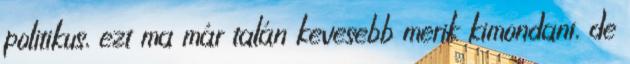
politikus, ezt ma már talán kevesebb merik kimondani, de